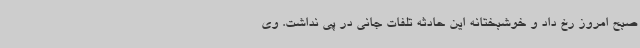
صبح امروز رخ داد و خوشبختانه این حادثه تلفات جانی در پی نداشت. وی